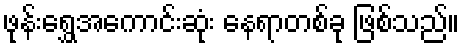
ဖုန်းရွှေအကောင်းဆုံး နေရာတစ်ခု ဖြစ်သည်။